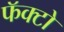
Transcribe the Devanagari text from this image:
फॅक्टो